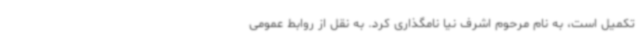
تکمیل است، به نام مرحوم اشرف نیا نامگذاری کرد. به نقل از روابط عمومی